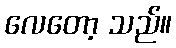
လေတော့ သည်။